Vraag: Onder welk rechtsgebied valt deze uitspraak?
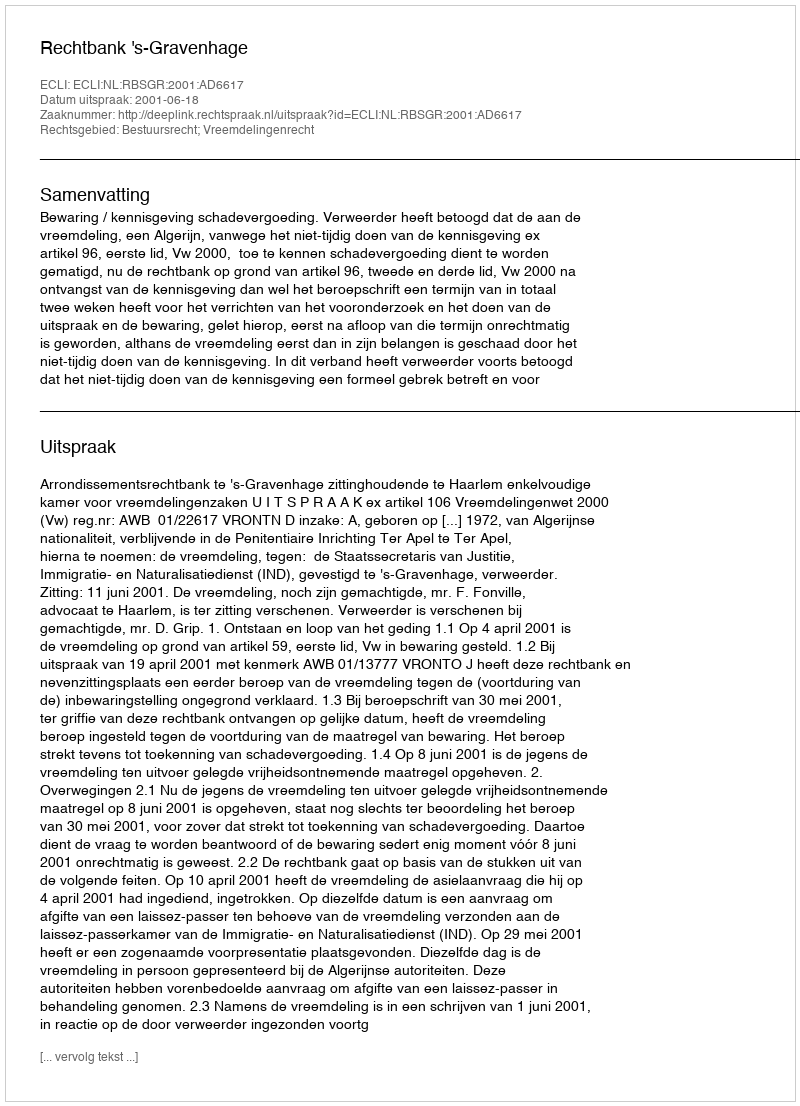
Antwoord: Bestuursrecht; Vreemdelingenrecht